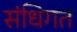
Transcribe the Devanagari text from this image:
संधिगत